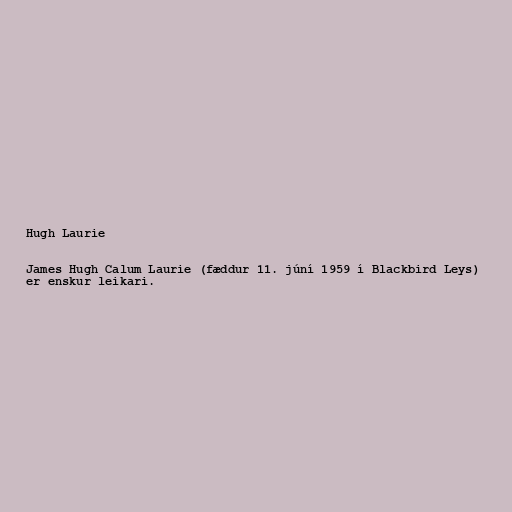
Hugh Laurie

James Hugh Calum Laurie (fæddur 11. júní 1959 í Blackbird Leys)
er enskur leikari.